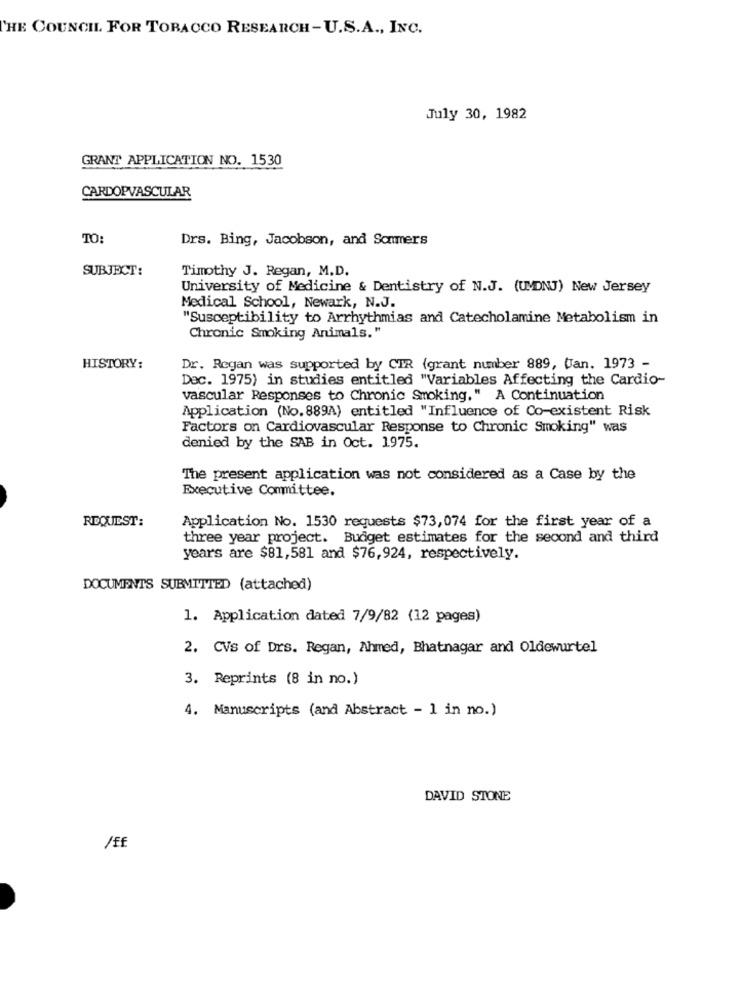
THE COUNCIL FOR TOBACCO RESEARCH-U.S.A ., INC.
July 30, 1982
GRANT APPLICATION NO. 1530
CARDOPVASCULAR
TO:
Drs. Bing, Jacobson, and Sonmers
SUBJECT:
Timothy J. Regan, M.D.
University of Medicine & Dentistry of N.J. (UDNJ) New Jersey
Medical School, Newark, N.J.
"Susceptibility to Arrhythmias and Catecholamine Metabolism in
Chronic Smoking Animals."
HISTORY:
Dr. Regan was supported by CIR (grant number 889, Uan. 1973 -
Dec. 1975) in studies entitled "Variables Affecting the Cardio-
vascular Responses to Chronic Smoking," A Continuation
Application (No.889A) entitled "Influence of Co-existent Risk
Factors on Cardiovascular Response to Chronic Smoking" was
denied by the SAB in Oct. 1975.
The present application was not considered as a Case by the
Executive Committee.
REQUEST:
Application No. 1530 requests $73,074 for the first year of a
three year project. Budget estimates for the second and third
years are $81,581 and $76,924, respectively.
DOCUMENTS SUBMITTED (attached)
1. Application dated 7/9/82 (12 pages)
2. CVs of Drs. Regan, Ahmed, Bhatnagar and Oldewurtel
3. Reprints (8 in no.)
4. Manuscripts (and Abstract - 1 in no.)
DAVID STONE
/ff